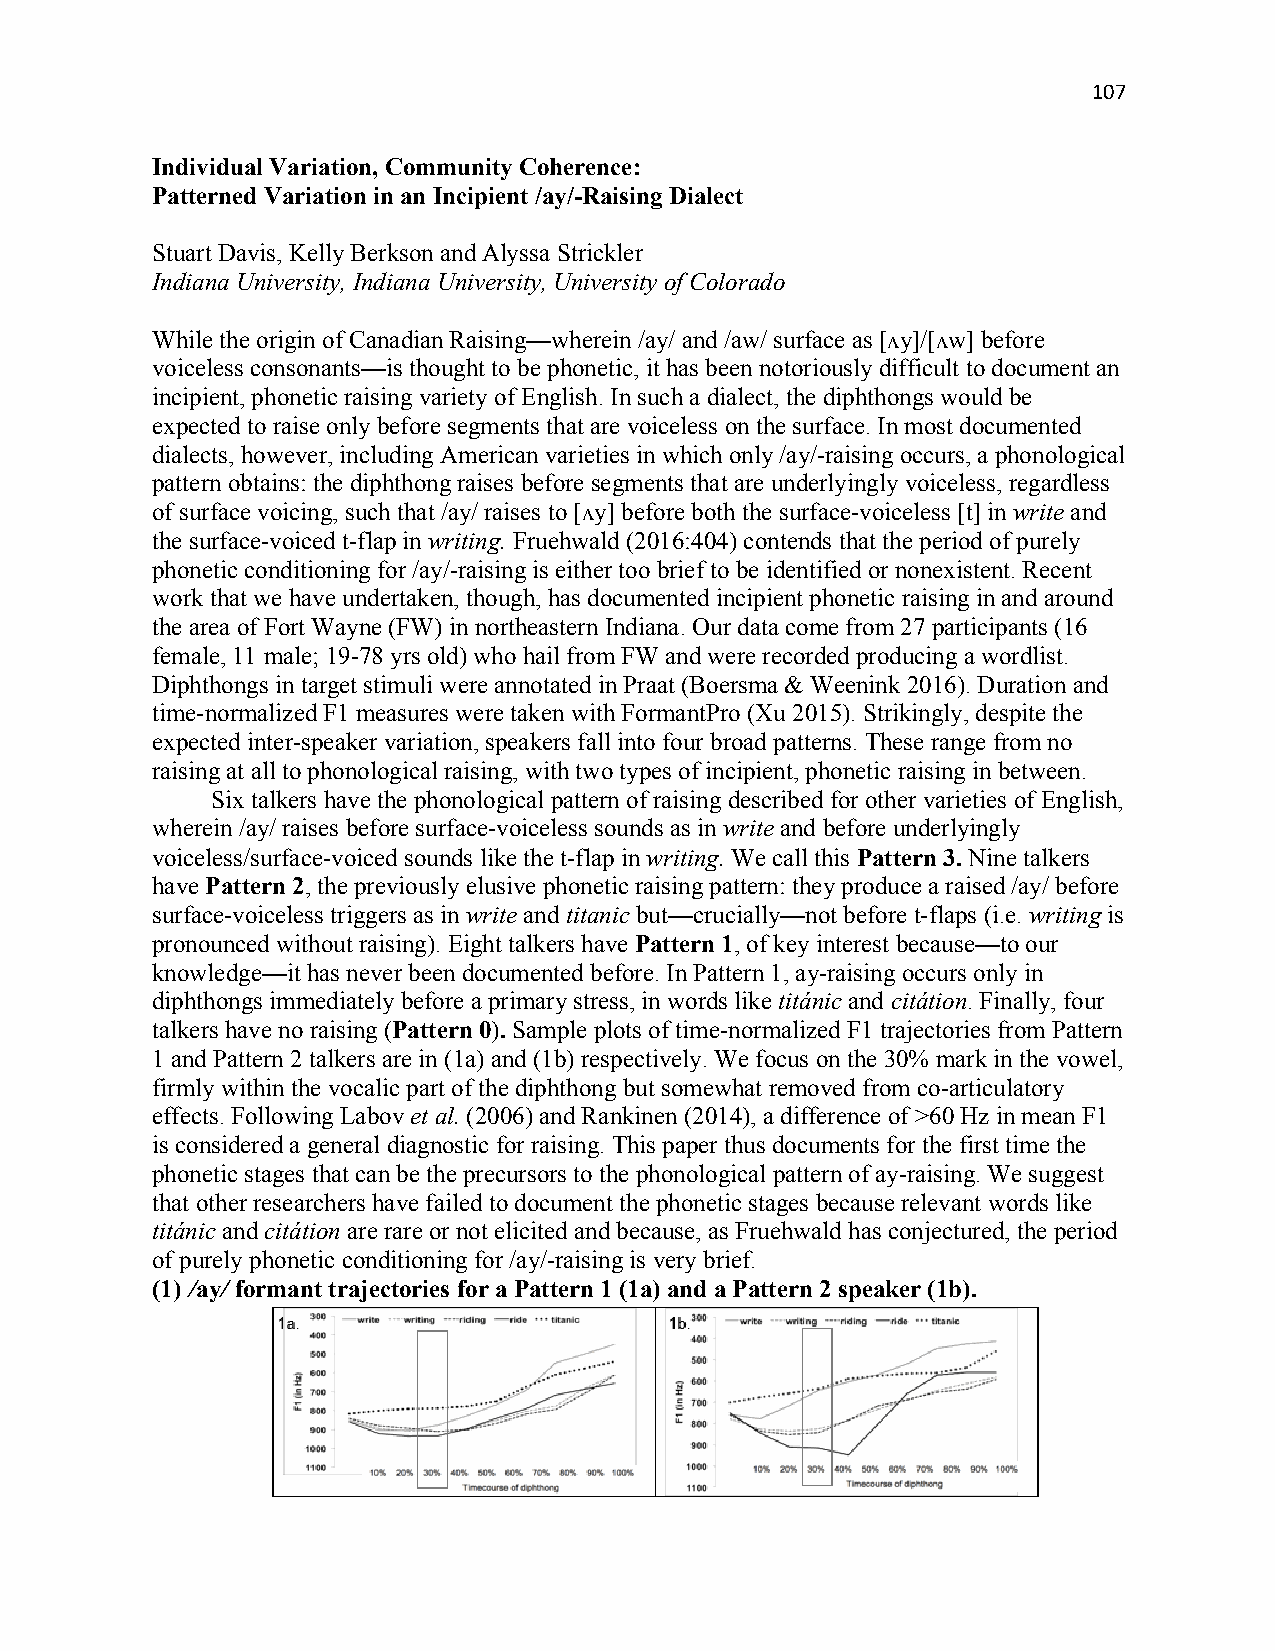
107
 Individual Variation, Community Coherence:
 Patterned Variation in an Incipient /ay/-Raising Dialect
 Stuart Davis, Kelly Berkson and Alyssa Strickler
 Indiana University, Indiana University, University of Colorado
 While the origin of Canadian Raising—wherein /ay/ and /aw/ surface as [ʌy]/[ʌw] before
 voiceless consonants—is thought to be phonetic, it has been notoriously difficult to document an
 incipient, phonetic raising variety of English. In such a dialect, the diphthongs would be
 expected to raise only before segments that are voiceless on the surface. In most documented
 dialects, however, including American varieties in which only /ay/-raising occurs, a phonological
 pattern obtains: the diphthong raises before segments that are underlyingly voiceless, regardless
 of surface voicing, such that /ay/ raises to [ʌy] before both the surface-voiceless [t] in write and
 the surface-voiced t-flap in writing. Fruehwald (2016:404) contends that the period of purely
 phonetic conditioning for /ay/-raising is either too brief to be identified or nonexistent. Recent
 work that we have undertaken, though, has documented incipient phonetic raising in and around
 the area of Fort Wayne (FW) in northeastern Indiana. Our data come from 27 participants (16
 female, 11 male; 19-78 yrs old) who hail from FW and were recorded producing a wordlist.
 Diphthongs in target stimuli were annotated in Praat (Boersma & Weenink 2016). Duration and
 time-normalized F1 measures were taken with FormantPro (Xu 2015). Strikingly, despite the
 expected inter-speaker variation, speakers fall into four broad patterns. These range from no
 raising at all to phonological raising, with two types of incipient, phonetic raising in between.
 Six talkers have the phonological pattern of raising described for other varieties of English,
 wherein /ay/ raises before surface-voiceless sounds as in write and before underlyingly
 voiceless/surface-voiced sounds like the t-flap in writing. We call this Pattern 3. Nine talkers
 have Pattern 2, the previously elusive phonetic raising pattern: they produce a raised /ay/ before
 surface-voiceless triggers as in write and titanic but—crucially—not before t-flaps (i.e. writing is
 pronounced without raising). Eight talkers have Pattern 1, of key interest because—to our
 knowledge—it has never been documented before. In Pattern 1, ay-raising occurs only in
 diphthongs immediately before a primary stress, in words like titánic and citátion. Finally, four
 talkers have no raising (Pattern 0). Sample plots of time-normalized F1 trajectories from Pattern
 1 and Pattern 2 talkers are in (1a) and (1b) respectively. We focus on the 30% mark in the vowel,
 firmly within the vocalic part of the diphthong but somewhat removed from co-articulatory
 effects. Following Labov et al. (2006) and Rankinen (2014), a difference of >60 Hz in mean F1
 is considered a general diagnostic for raising. This paper thus documents for the first time the
 phonetic stages that can be the precursors to the phonological pattern of ay-raising. We suggest
 that other researchers have failed to document the phonetic stages because relevant words like
 titánic and citátion are rare or not elicited and because, as Fruehwald has conjectured, the period
 of purely phonetic conditioning for /ay/-raising is very brief.
 (1) /ay/ formant trajectories for a Pattern 1 (1a) and a Pattern 2 speaker (1b).